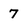
Character: 7